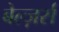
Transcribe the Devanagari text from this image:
बेल्ज़र्स